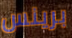
برينس